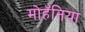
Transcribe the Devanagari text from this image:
मोहॅनिया